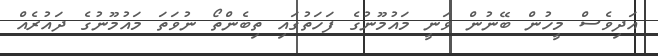
އަދިވެސް މީހުން ބޭނުން ވަނީ މައުމޫނުގެ ފަހަތުގައި ތިބެންތޯ ނުވަތަ މައުމޫނުގެ ދައުރެއް